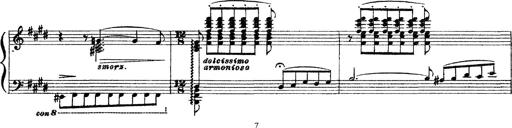
Title: 3 sonetti di Petrarca
Composer: Franz Liszt